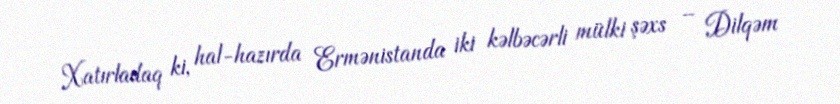
Xatırladaq ki, hal-hazırda Ermənistanda iki kəlbəcərli mülki şəxs – Dilqəm